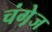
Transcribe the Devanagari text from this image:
चंगे़ज